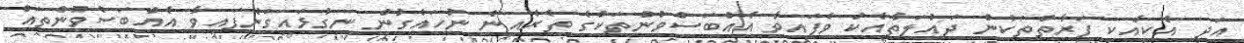
އަދި އެކިއެކި ފަރާތްތަކުން ދައުލަތާއެކު ވެފައިވާ އެއްބަސްވުންތަކުގެ ތެރެއިން ނުހައްގުން ނިގުޅައިގަނެފައިވާ އެއްބަސްވުންތައް